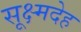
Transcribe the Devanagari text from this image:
सूक्ष्मदेह